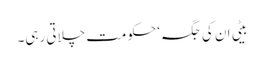
بیٹی ان کی جگہ‘ حکومت چلاتی رہی۔